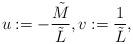
LaTeX: \begin{align*}u:=-\frac{\tilde{M}}{\tilde{L}},v:=\frac{1}{\tilde{L}},\end{align*}